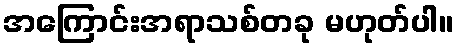
အကြောင်းအရာသစ်တခု မဟုတ်ပါ။